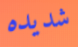
شديده